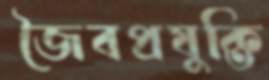
জৈবপ্রযুক্তি